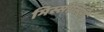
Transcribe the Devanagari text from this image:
मिस्सीसिपी